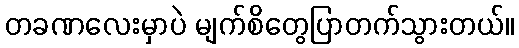
တခဏလေးမှာပဲ မျက်စိတွေပြာတက်သွားတယ်။